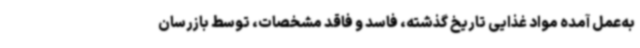
به‌عمل آمده مواد غذایی تاریخ گذشته، فاسد و فاقد مشخصات، توسط بازرسان